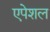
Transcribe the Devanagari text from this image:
एपेशल